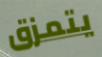
يتمزق